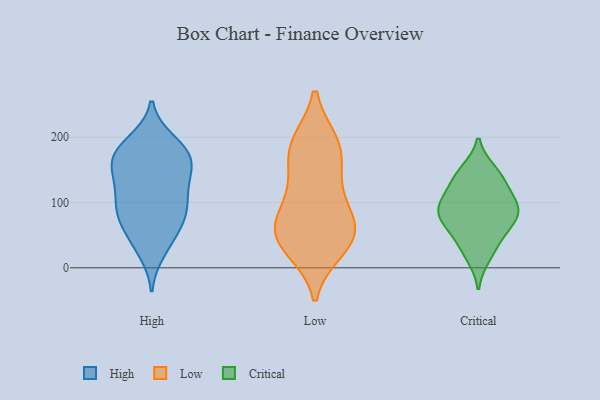
{"axis": {"x": "Humidity (%)", "y": "Value"}, "legend": ["Critical", "High", "Low"], "data": [{"x": "", "y": 88, "type": "High"}, {"x": "", "y": 51, "type": "High"}, {"x": "", "y": 109, "type": "High"}, {"x": "", "y": 25, "type": "High"}, {"x": "", "y": 89, "type": "High"}, {"x": "", "y": 124, "type": "High"}, {"x": "", "y": 83, "type": "High"}, {"x": "", "y": 158, "type": "High"}, {"x": "", "y": 194, "type": "High"}, {"x": "", "y": 160, "type": "High"}, {"x": "", "y": 38, "type": "High"}, {"x": "", "y": 190, "type": "High"}, {"x": "", "y": 177, "type": "High"}, {"x": "", "y": 132, "type": "High"}, {"x": "", "y": 175, "type": "High"}, {"x": "", "y": 159, "type": "High"}, {"x": "", "y": 130, "type": "High"}, {"x": "", "y": 171, "type": "High"}, {"x": "", "y": 82, "type": "High"}, {"x": "", "y": 71, "type": "High"}, {"x": "", "y": 192, "type": "Low"}, {"x": "", "y": 165, "type": "Low"}, {"x": "", "y": 77, "type": "Low"}, {"x": "", "y": 63, "type": "Low"}, {"x": "", "y": 49, "type": "Low"}, {"x": "", "y": 191, "type": "Low"}, {"x": "", "y": 43, "type": "Low"}, {"x": "", "y": 141, "type": "Low"}, {"x": "", "y": 61, "type": "Low"}, {"x": "", "y": 86, "type": "Low"}, {"x": "", "y": 119, "type": "Low"}, {"x": "", "y": 191, "type": "Low"}, {"x": "", "y": 31, "type": "Low"}, {"x": "", "y": 28, "type": "Low"}, {"x": "", "y": 61, "type": "Critical"}, {"x": "", "y": 135, "type": "Critical"}, {"x": "", "y": 89, "type": "Critical"}, {"x": "", "y": 54, "type": "Critical"}, {"x": "", "y": 92, "type": "Critical"}, {"x": "", "y": 31, "type": "Critical"}, {"x": "", "y": 96, "type": "Critical"}, {"x": "", "y": 17, "type": "Critical"}, {"x": "", "y": 121, "type": "Critical"}, {"x": "", "y": 83, "type": "Critical"}, {"x": "", "y": 148, "type": "Critical"}, {"x": "", "y": 97, "type": "Critical"}, {"x": "", "y": 73, "type": "Critical"}, {"x": "", "y": 143, "type": "Critical"}]}